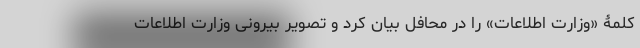
کلمۀ «وزارت اطلاعات» را در محافل بیان کرد و تصویر بیرونی وزارت اطلاعات